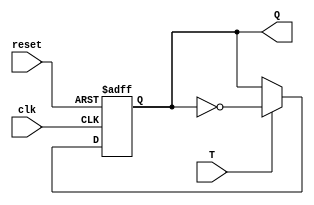
module T_FF (
    input wire clk,
    input wire reset,
    input wire T,
    output reg Q
);

always @(posedge clk or posedge reset)
begin
    if (reset)
        Q <= 1'b0; // default state
    else
    begin
        if (T)
            Q <= ~Q; // toggle state if T is high
    end
end

endmodule